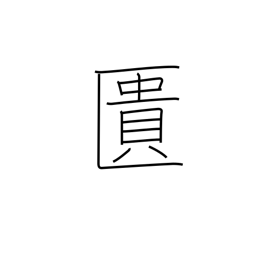
Meaning: coffer